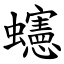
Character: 䘆